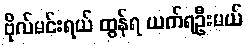
ဗိုလ်မင်းရယ် ထွန်ရ ယက်ရဦးမယ်